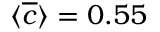
\langle \overline { { c } } \rangle = 0 . 5 5